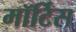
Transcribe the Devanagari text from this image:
मॉर्टिस